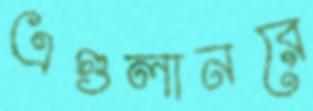
এগুলানরে